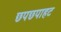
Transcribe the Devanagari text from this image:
छपछपाहट